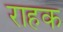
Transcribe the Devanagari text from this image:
राहक